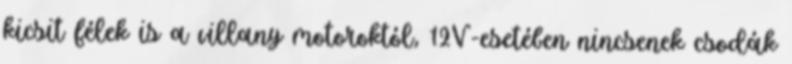
kicsit félek is a villany motoroktól, 12V-esetében nincsenek csodák